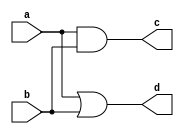
/////////////////////////////////////////
//  Functionality: 2-input AND + 2-input OR 
//                 This benchmark is designed to test fracturable LUTs
////////////////////////////////////////
`timescale 1ns / 1ps

module and2_or2(
  a,
  b,
  c,
  d);

input wire a;
input wire b;
output wire c;
output wire d;

assign c = a & b;
assign d = a | b;

endmodule